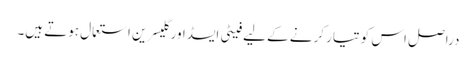
دراصل اس کو تیار کرنے کے لیے فیٹی ایسڈ اور گلیسرین استعمال ہوتے ہیں۔